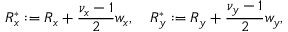
R _ { x } ^ { * } : = R _ { x } + \frac { \nu _ { x } - 1 } { 2 } w _ { x } , \quad R _ { y } ^ { * } : = R _ { y } + \frac { \nu _ { y } - 1 } { 2 } w _ { y } ,